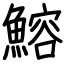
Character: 鰫